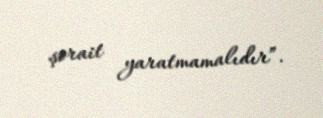
şərait yaratmamalıdır”.